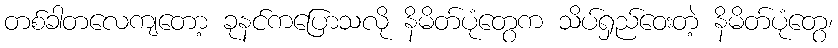
တစ်ခါတလေကျတော့ ခုနင်ကပြောသလို နိမိတ်ပုံတွေက သိပ်ရှည်ဝေးတဲ့ နိမိတ်ပုံတွေ၊